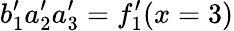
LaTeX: b_{1}^{\prime}a_{2}^{\prime}a_{3}^{\prime}=f_{1}^{\prime}(x=3)